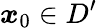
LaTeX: \boldsymbol{x}_{0}\in D^{\prime}